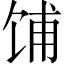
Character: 𫗦